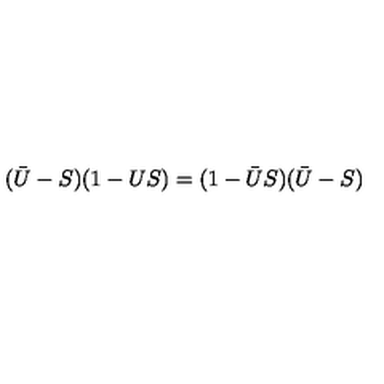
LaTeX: ( \bar { U } - S ) ( 1 - U S ) = ( 1 - \bar { U } S ) ( \bar { U } - S )